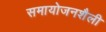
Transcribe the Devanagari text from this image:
समायोजनशैली